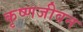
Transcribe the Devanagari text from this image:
कृष्णजीवन